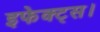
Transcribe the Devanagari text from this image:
इफेक्ट्स।